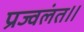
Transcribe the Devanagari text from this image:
प्रज्वलंत॥